Vaccination North-Western Provinces and Oudh 1878-1895 - 1878-1895
Year: 1878
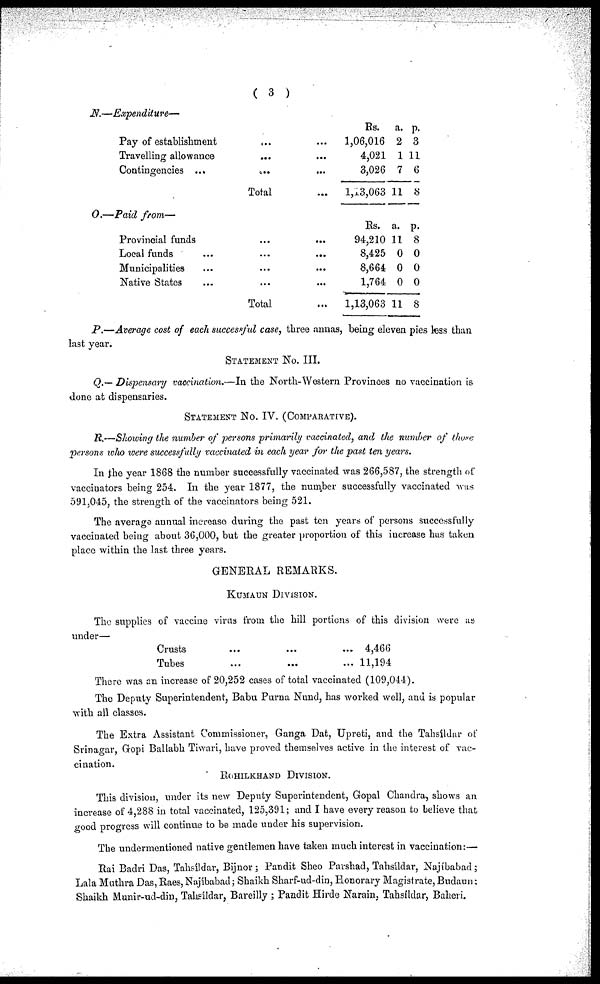
( 3 )
N.—Expenditure—
Pay of establishment ... ...
Travelling allowance ... ...
Contingencies ... ... ...
Total ...
Rs.
1,06,016
4,021
3,026
l,13,063
a.
2
1
7
11
p.
3
11
6
8
O.—Paid from—
Provincial funds ... ...
Local funds
...
...
...
Municipalities ... ... ...
Native States ... ... ...
Total ...
Rs.
94,210
8,425
8,664
1,764
1,13,063
a.
11
0
0
0
11
p.
8
0
0
0
8
P.—Average cost of each successful case, three annas, being eleven pies less than
last year.
STATEMENT No. III.
Q.— Dispensary vaccination.—In the North-Western Provinces no vaccination is
done at dispensaries.
STATEMENT No. IV. (COMPARATIVE).
R.—Showing the number of persons primarily vaccinated, and the number of those
persons who were successfully vaccinated in each year for the past ten years.
In the year 1868 the number successfully vaccinated was 266,587, the strength of
vaccinators being 254. In the year 1877, the number successfully vaccinated was
591,045, the strength of the vaccinators being 521.
The average annual increase during the past ten years of persons successfully
vaccinated being about 36,000, but the greater proportion of this increase has taken
place within the last three years.
GENERAL REMARKS.
KUMAUN DIVISION.
The supplies of vaccine virus from the hill portions of this division were as
under—
Crusts ... ... ...
Tubes ... ... ...
4,466
11,194
There was an increase of 20,252 cases of total vaccinated (109,044).
The Deputy Superintendent, Babu Purna Nund, has worked well, and is popular
with all classes.
The Extra Assistant Commissioner, Ganga Dat, Upreti, and the Tahsíldar of
Srinagar, Gopi Ballabh Tiwari, have proved themselves active in the interest of vac-
cination.
ROHILKHAND DIVISION.
This division, under its new Deputy Superintendent, Gopal Chandra, shows an
increase of 4,288 in total vaccinated, 125,391; and I have every reason to believe that
good progress will continue to be made under his supervision.
The undermentioned native gentlemen have taken much interest in vaccination:—
Rai Badri Das, Tahsíldar, Bijnor; Pandit Sheo Parshad, Tahsíldar, Najíbabad;
Lala Muthra Das, Raes, Najibabad; Shaikh Sharf-ud-din, Honorary Magistrate, Budaun:
Shaikh Munir-ud-din, Tahsíldar, Bareilly ; Pandit Hirde Narain, Tahsildar, Baheri.